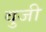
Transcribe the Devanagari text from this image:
वुजी